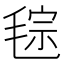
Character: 𣮤